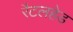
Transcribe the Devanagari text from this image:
रैटलहेड